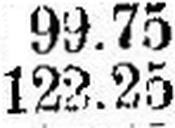
122.25